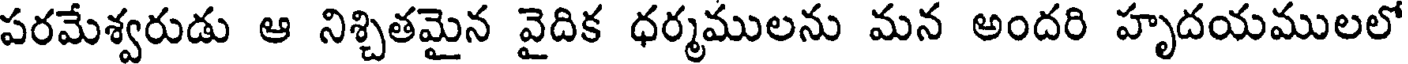
పరమేశ్వరుడు ఆ నిశ్చితమైన వైదిక ధర్మములను మన అందరి హృదయములలో